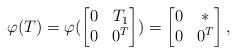
LaTeX: \begin{align*}\varphi(T)=\varphi(\begin{bmatrix}0 & T_1\\0 & 0^T\end{bmatrix})=\begin{bmatrix}0 & *\\0 & 0^T\end{bmatrix},\end{align*}